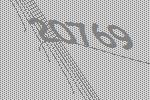
20769